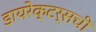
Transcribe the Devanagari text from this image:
डायरेक्टर्सची